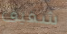
شقيق